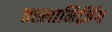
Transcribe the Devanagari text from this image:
तस्लानिज़िंग